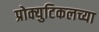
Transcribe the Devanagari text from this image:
प्रोक्युटिकलच्या